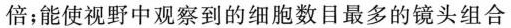
倍；能使视野中观察到的细胞数目最多的镜头组合